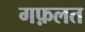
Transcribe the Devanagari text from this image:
गफ़लत